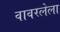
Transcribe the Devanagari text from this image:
वावरलेला